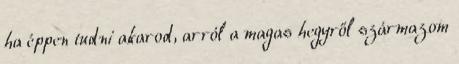
ha éppen tudni akarod, arról a magas hegyről származom